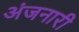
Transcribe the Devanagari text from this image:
अंजनारी